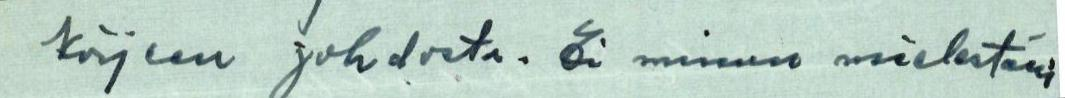
kirjeen johdosta. Ei minun mielestäni